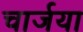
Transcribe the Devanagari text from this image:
चार्जया